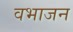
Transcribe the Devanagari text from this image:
वभाजन